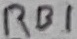
Text: RB1